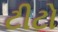
ટીટો